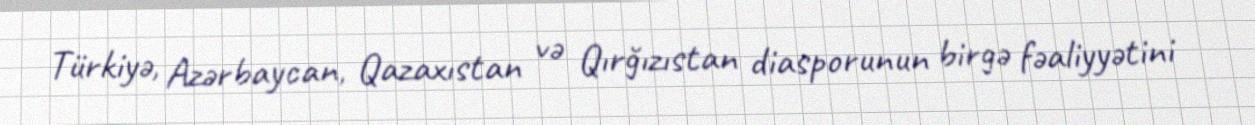
Türkiyə, Azərbaycan, Qazaxıstan və Qırğızıstan diasporunun birgə fəaliyyətini